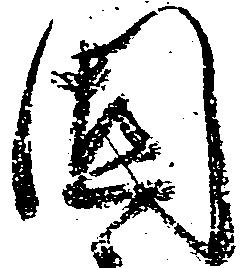
固